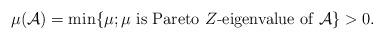
LaTeX: \begin{align*}\mu(\mathcal{A})=\min\{\mu; \mu \mbox{ is Pareto $Z$-eigenvalue of }\mathcal{A}\}>0.\end{align*}